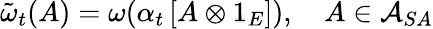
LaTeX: \tilde{\omega}_{t}(A)=\omega(\alpha_{t}\left[A\otimes 1_{E}\right]),\quad A\in\mathcal{A}_{SA}